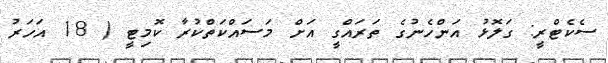
ސެކެޓްރީ: ގަލޮޅު އަންހެނުގެ ތަރައްގީ އަށް މަސައްކަތްކުރާ ކޮމިޓީ ( 18 އަހަރު